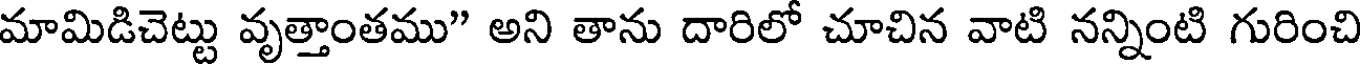
మామిడిచెట్టు వృత్తాంతము" అని తాను దారిలో చూచిన వాటి నన్నింటి గురించి